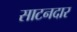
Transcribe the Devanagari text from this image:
साटनदार